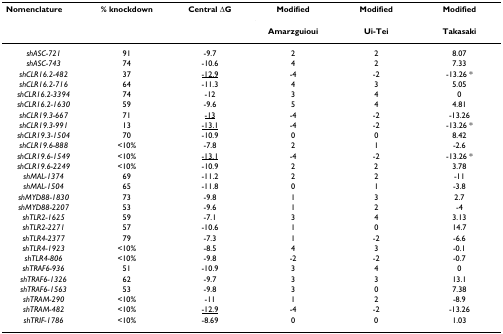
<table><thead><tr><td><b>Nomenclature</b></td><td><b>% knockdown</b></td><td><b>Central ΔG</b></td><td><b>Modified</b></td><td><b>Modified</b></td><td><b>Modified</b></td></tr><tr><td></td><td></td><td></td><td><b>Amarzguioui</b></td><td><b>Ui-Tei</b></td><td><b>Takasaki</b></td></tr></thead><tbody><tr><td><i>shASC-721</i></td><td>91</td><td>-9.7</td><td>2</td><td>2</td><td>8.07</td></tr><tr><td><i>shASC-743</i></td><td>74</td><td>-10.6</td><td>4</td><td>2</td><td>7.33</td></tr><tr><td><i>shCLR16.2-482</i></td><td>37</td><td><underline>-12.9</underline></td><td>-4</td><td>-2</td><td>-13.26 *</td></tr><tr><td><i>shCLR16.2-716</i></td><td>64</td><td>-11.3</td><td>4</td><td>3</td><td>5.05</td></tr><tr><td><i>shCLR16.2-3394</i></td><td>74</td><td>-12</td><td>3</td><td>4</td><td>0</td></tr><tr><td><i>shCLR16.2-1630</i></td><td>59</td><td>-9.6</td><td>5</td><td>4</td><td>4.81</td></tr><tr><td><i>shCLR19.3-667</i></td><td>71</td><td><underline>-13</underline></td><td>-4</td><td>-2</td><td>-13.26</td></tr><tr><td><i>shCLR19.3-991</i></td><td>13</td><td><underline>-13.1</underline></td><td>-4</td><td>-2</td><td>-13.26 *</td></tr><tr><td><i>shCLR19.3-1504</i></td><td>70</td><td>-10.9</td><td>0</td><td>0</td><td>8.42</td></tr><tr><td><i>shCLR19.6-888</i></td><td>&lt;10%</td><td>-7.8</td><td>2</td><td>1</td><td>-2.6</td></tr><tr><td><i>shCLR19.6-1549</i></td><td>&lt;10%</td><td><underline>-13.1</underline></td><td>-4</td><td>-2</td><td>-13.26 *</td></tr><tr><td><i>shCLR19.6-2249</i></td><td>&lt;10%</td><td>-10.9</td><td>2</td><td>2</td><td>3.78</td></tr><tr><td><i>shMAL-1374</i></td><td>69</td><td>-11.2</td><td>2</td><td>2</td><td>-11</td></tr><tr><td><i>shMAL-1504</i></td><td>65</td><td>-11.8</td><td>0</td><td>1</td><td>-3.8</td></tr><tr><td><i>shMYD88-1830</i></td><td>73</td><td>-9.8</td><td>1</td><td>3</td><td>2.7</td></tr><tr><td><i>shMYD88-2207</i></td><td>53</td><td>-9.6</td><td>1</td><td>2</td><td>-4</td></tr><tr><td><i>shTLR2-1625</i></td><td>59</td><td>-7.1</td><td>3</td><td>4</td><td>3.13</td></tr><tr><td><i>shTLR2-2271</i></td><td>57</td><td>-10.6</td><td>1</td><td>0</td><td>14.7</td></tr><tr><td><i>shTLR4-2377</i></td><td>79</td><td>-7.3</td><td>1</td><td>-2</td><td>-6.6</td></tr><tr><td><i>shTLR4-1923</i></td><td>&lt;10%</td><td>-8.5</td><td>4</td><td>3</td><td>-0.1</td></tr><tr><td><i>shTLR4-806</i></td><td>&lt;10%</td><td>-9.8</td><td>-2</td><td>-2</td><td>-0.7</td></tr><tr><td><i>shTRAF6-936</i></td><td>51</td><td>-10.9</td><td>3</td><td>4</td><td>0</td></tr><tr><td><i>shTRAF6-1326</i></td><td>62</td><td>-9.7</td><td>3</td><td>3</td><td>13.1</td></tr><tr><td><i>shTRAF6-1563</i></td><td>53</td><td>-9.8</td><td>3</td><td>0</td><td>7.38</td></tr><tr><td><i>shTRAM-290</i></td><td>&lt;10%</td><td>-11</td><td>1</td><td>2</td><td>-8.9</td></tr><tr><td><i>shTRAM-482</i></td><td>&lt;10%</td><td><underline>-12.9</underline></td><td>-4</td><td>-2</td><td>-13.26</td></tr><tr><td><i>shTRIF-1786</i></td><td>&lt;10%</td><td>-8.69</td><td>0</td><td>0</td><td>1.03</td></tr></tbody></table>